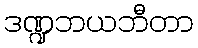
ဒဏ္ဍဘယဘီတာ